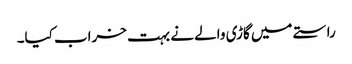
راستے میں گاڑی والے نے بہت خراب کیا۔